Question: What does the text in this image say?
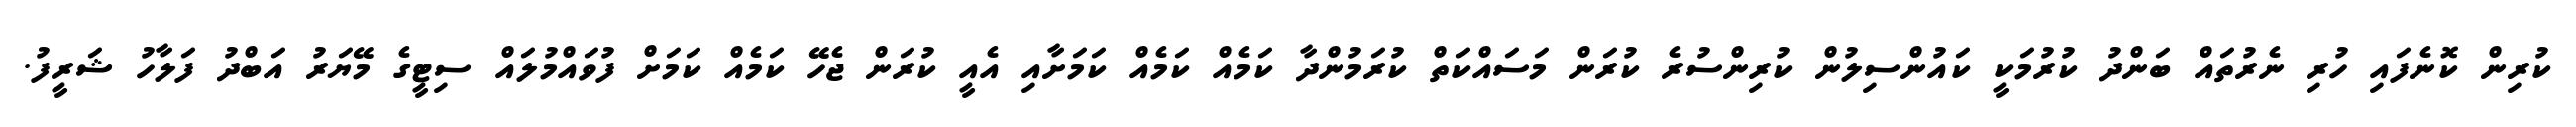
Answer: ކުރިން ކޮނެފައި ހުރި ނެރުތައް ބަންދު ކުރުމަކީ ކައުންސިލުން ކުރިންސުރެ ކުރަން މަސައްކަތް ކުރަމުންދާ ކަމެއް ކަމެއް ކަމަށާއި އެއީ ކުރަން ޖެހޭ ކަމެއް ކަމަށް ފުވައްމުލައް ސިޓީގެ މޭޔަރު އަބްދު ފަލާހު ޝަރީފު.